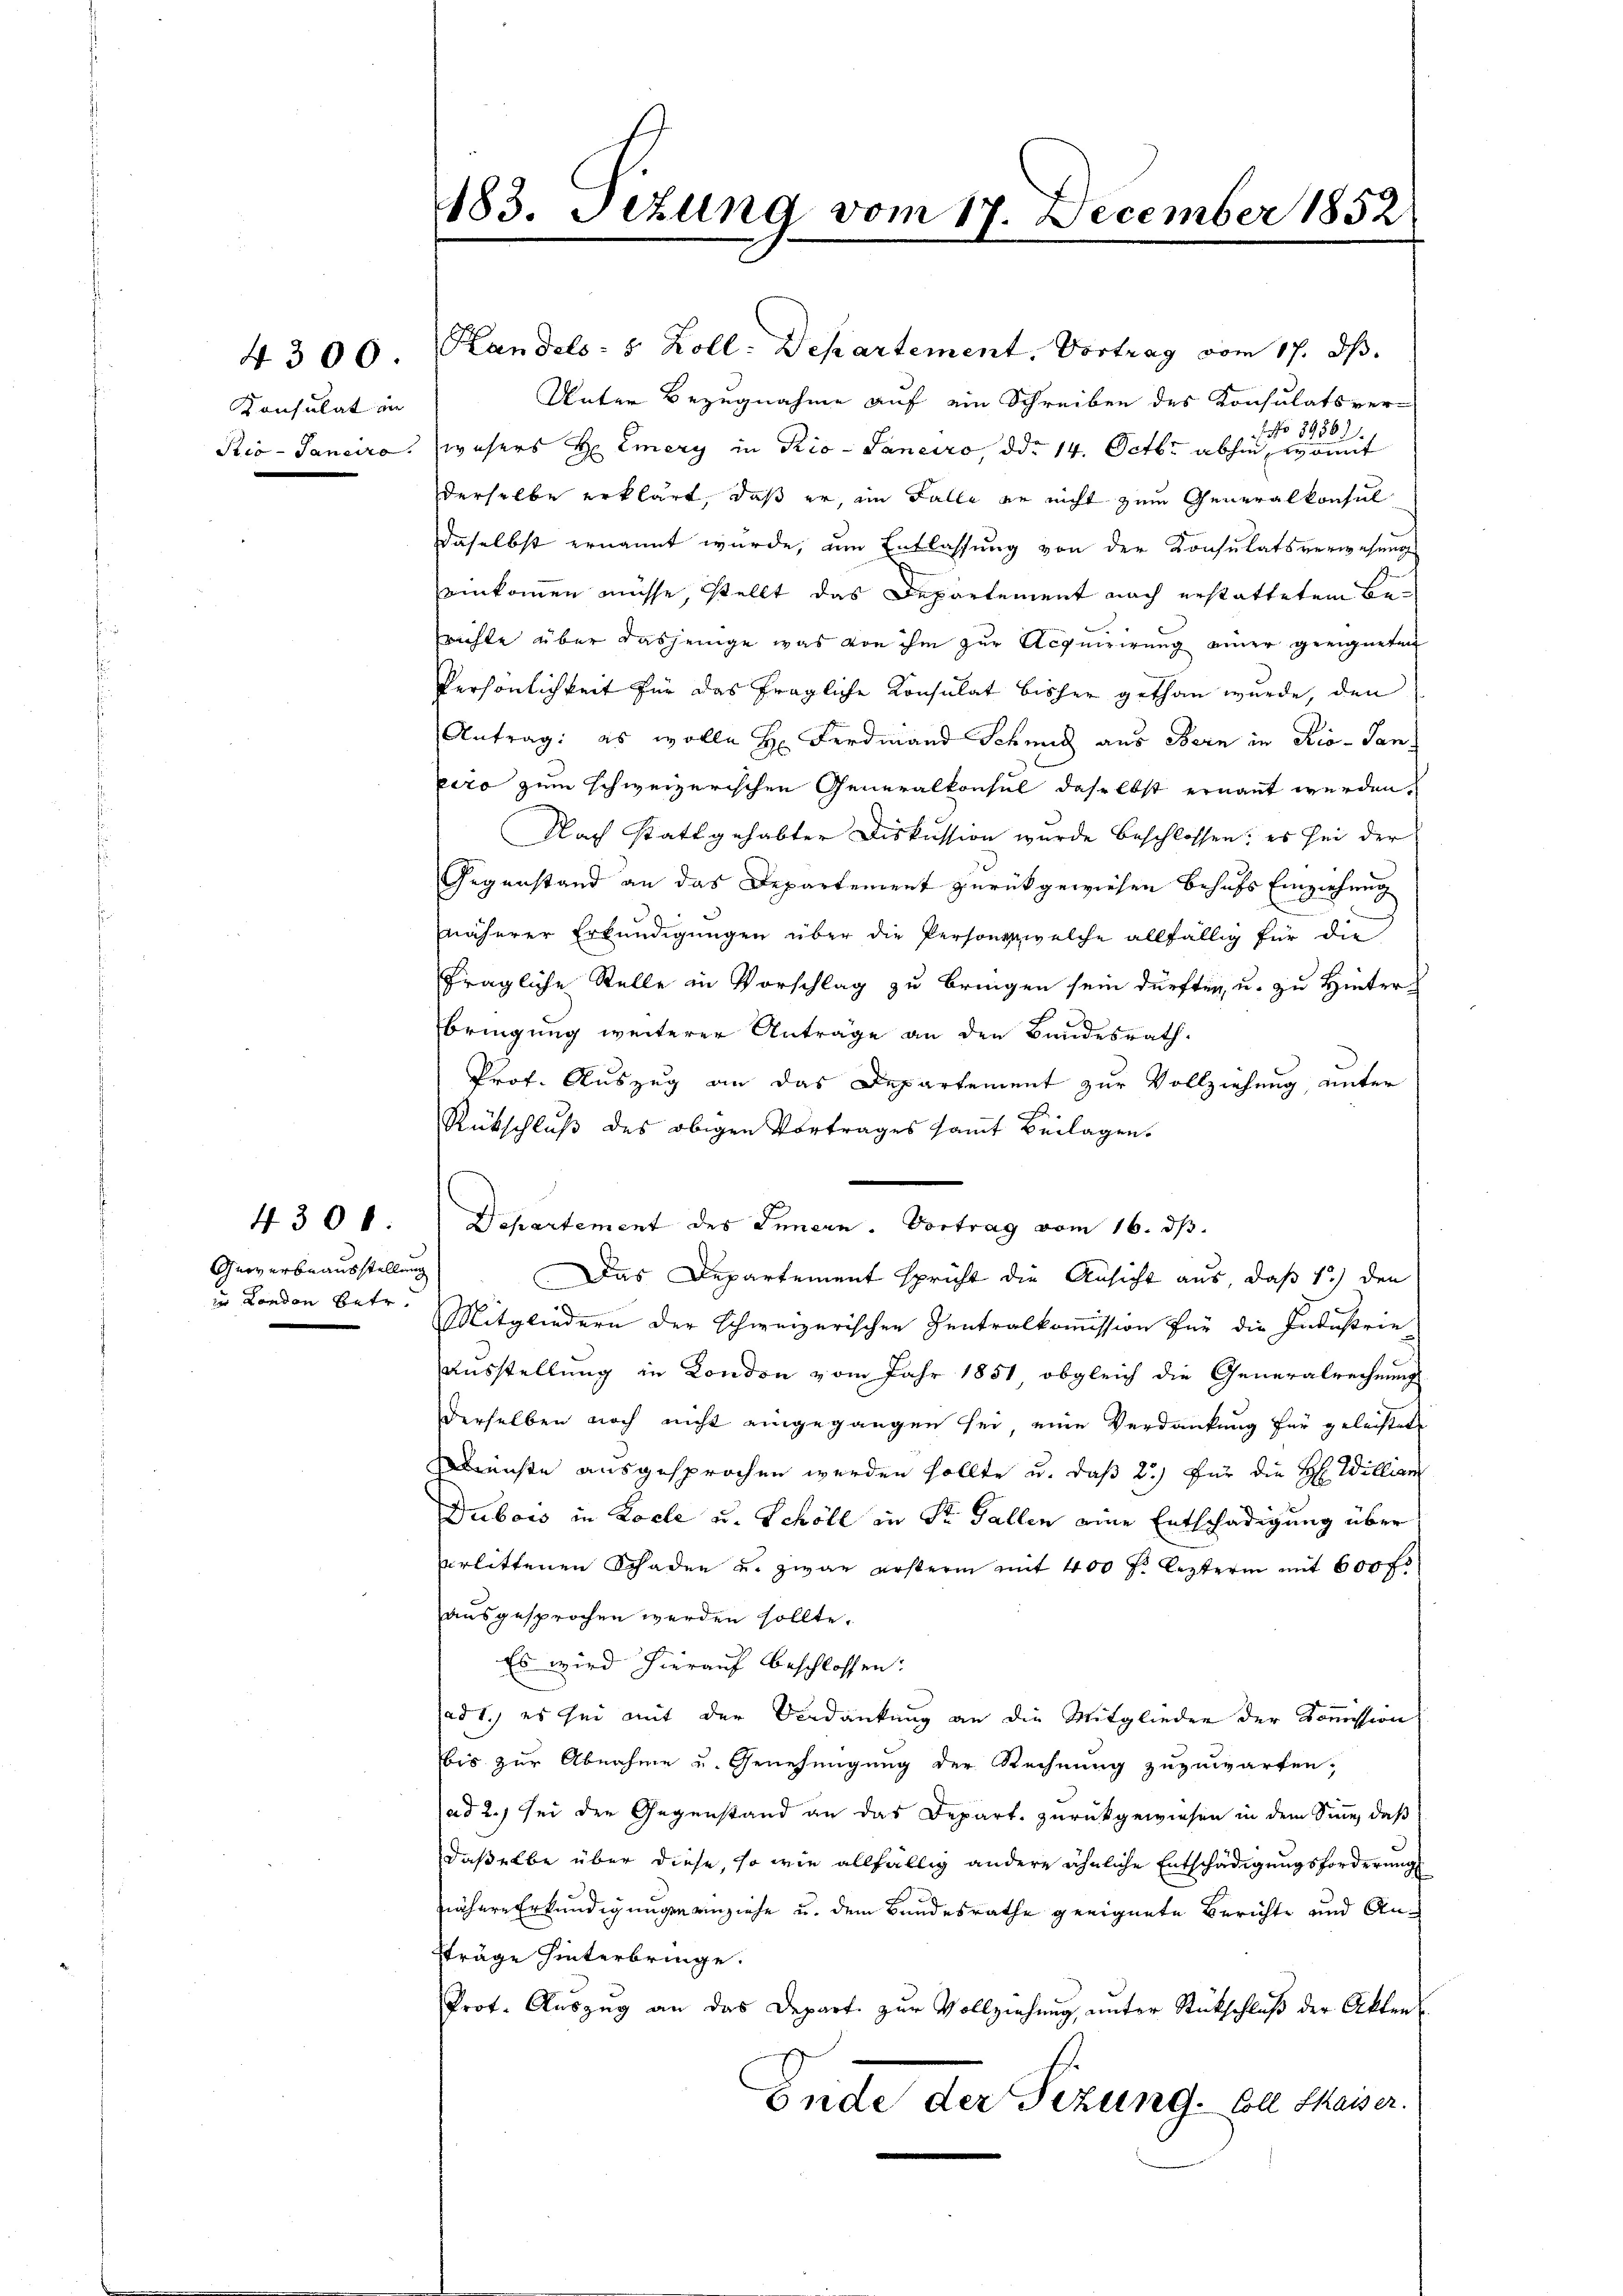
Konsulat in

4300

Gewerbeausstellung
io London betr.

183. Sezung vom 17. December 1852

4300. Handels- 5 Zoll. Departement, Vortrag vom 17. ds.
Unter Bezugnahme auf ein Schreiben des Konsulatsver-
Rio- Sanciro. Wasers H. Emery in Rio- Janeiro, ddo 14. Octbr. abhin de
derselbe erklärt, daß er, im Falle en nicht zum Generalkonsul
Daselbst ernannt wurde, um Entlassung von der Konsulatsverwesung
einkommen müsse, stellt das Departement nach erstattetem Berichte über dasjenige was von ihm zur Acquirirung einer geeigneten
Persönlichkeit für das fragliche Konsulat bisher gethan wurde, den
Antrag: es wolle Hr. Ferdmand Schmid aus Bern in Rio- Saneiro zum schweizerischen Generalkonsul daselbst ernannt werden,
Nach stattgehabter Diskussion wurde beschlossen; es sei der
Gegenstand an das Departement zurückgewiesen behufs Einziehung
näherer Erkundigungen über die Personenwelche allfällig für die
fragliche Stelle in Vorschlag zu bringen sein dürften, u. zu Hinterbringung weiterer Anträge an den Bundesrath.
Prof. Auszug an das Departement zur Vollziehung, unter
2.
Rückschluß des obigen Vortrages samt Beilagen.
Departement des Innern. Vortrag vom 16. ds.
Das Departement spricht die Ansicht aus, daß 1.) den
Mitgliedern der schweizerischen Zentralkommission für die Industrie
Ausstellung in Kondon vom Jahr 1851, obgleich die Generalrechnung
derselben noch nicht eingegangen sei, eine Verdankung für geleistet
Dienste ausgesprochen werden sollte u. daß 2.) Für die H: William
Dubois in Kocle u. Schöll in Sr. Gallen eine Entschädigung über
erlittenen Schaden u. zwar ersterin mit 400 f: lezterm mit 600 fl
ausgesprochen werden sollte.
Es wird hierauf beschlossen:
ad 1.) es sei mit der Verdankung an die Mitglieden der Kommission
bis zur Abnahme und Genehmigung der Rechnung zuzuwarfen,
ad 2., sei der Gegenstand an das Depart. zurückgewiesen in dem Sinne, daß
daßelbe über diese, so wie allfällig andere ähnliche Entschädigungsforderung
nähere Erkundigungen anziehe u. dem Bandesrathe geeignete Berichte und Anfträge hinterbringe.
Prot. Auszug an das Depart. zur Vollziehung, unter Rückschluß der Aktens
Gide der Sitzung bei Meiser.